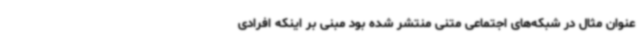
عنوان مثال در شبکه‌های اجتماعی متنی منتشر شده بود مبنی بر اینکه افرادی